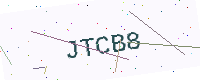
Text: JTCB8